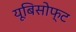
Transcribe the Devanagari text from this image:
यूबिसोफ्ट